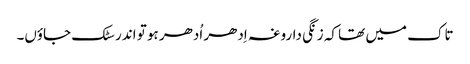
تاک میں تھا کہ زنگی داروغہ اِدھر اُدھر ہو تو اندر سٹک جاؤں۔